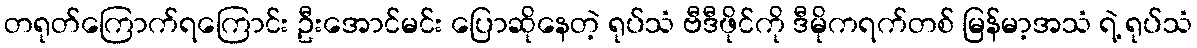
တရုတ်ကြောက်ရကြောင်း ဦးအောင်မင်း ပြောဆိုနေတဲ့ ရုပ်သံ ဗီဒီဖိုင်ကို ဒီမိုကရက်တစ် မြန်မာ့အသံ ရဲ့ ရုပ်သံ